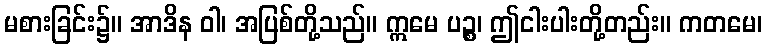
မစားခြင်း၌။ အာဒိန ဝါ၊ အပြစ်တို့သည်။ ဣမေ ပဉ္စ၊ ဤငါးပါးတို့တည်း။ ကတမေ၊